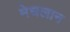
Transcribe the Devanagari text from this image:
मेधलान